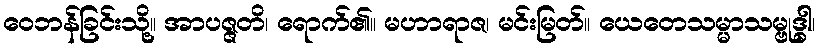
ဝေဘန်ခြင်းသို့။ အာပဇ္ဇတိ၊ ရောက်၏။ မဟာရာဇ၊ မင်းမြတ်။ ယေတေသမ္မာသမ္ဗုဒ္ဓါ၊